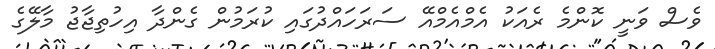
ވެސް ވަނީ ކޮންމެ ރެއަކު އެމްއެމްއޭ ސަރަހައްދުގައި ކުރަމުން ގެންދާ އިހުތިޖާޖު މާލޭގެ